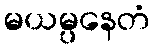
မယမ္ပနေတံ